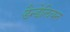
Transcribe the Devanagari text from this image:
डैन्डेलियन